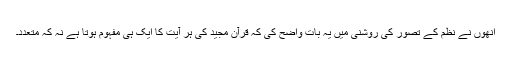
انھوں نے نظم کے تصور کی روشنی میں یہ بات واضح کی کہ قرآن مجید کی ہر آیت کا ایک ہی مفہوم ہوتا ہے نہ کہ متعدد۔